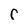
Character: C